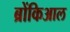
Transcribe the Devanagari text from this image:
ब्रोंकिआल